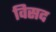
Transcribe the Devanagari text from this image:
विसद